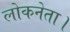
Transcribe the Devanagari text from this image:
लोकनेता।